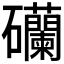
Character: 𥗺